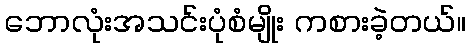
ဘောလုံးအသင်းပုံစံမျိုး ကစားခဲ့တယ်။